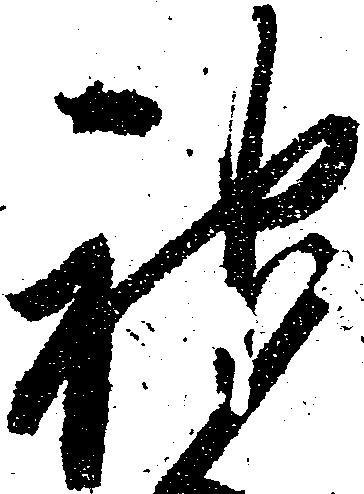
神